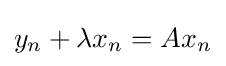
y_{n}+\lambda x_{n}=Ax_{n}